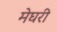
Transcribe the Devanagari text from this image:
मेघरी